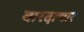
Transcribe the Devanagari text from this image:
वारदाचार